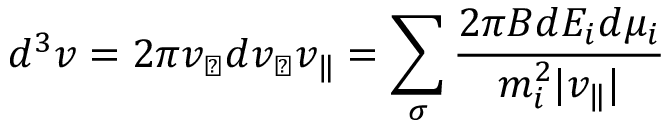
d ^ { 3 } v = 2 \pi v _ { \perp } d v _ { \perp } v _ { \| } = \sum _ { \sigma } \frac { 2 \pi B d E _ { i } d \mu _ { i } } { m _ { i } ^ { 2 } | v _ { \| } | }